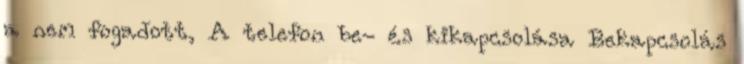
a nem fogadott, A telefon be- és kikapcsolása Bekapcsolás